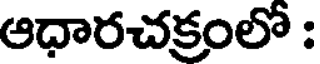
ఆధారచక్రంలో :